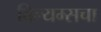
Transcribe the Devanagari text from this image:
विल्यम्सचा